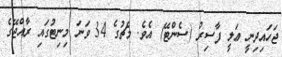
ޖަހައިދިނީ ޢަލީ ފާސިރު (ސެންޓޭ) އެވެ. މެޗުގެ 34 ވަނަ މިނިޓުގައި ރާއްޖޭގެ